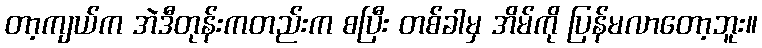
တာ့ကျယ်က အဲဒီတုန်းကတည်းက စပြီး တစ်ခါမှ အိမ်ကို ပြန်မလာတော့ဘူး။